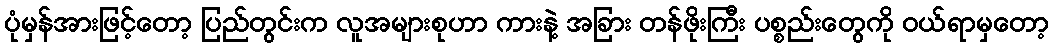
ပုံမှန်အားဖြင့်တော့ ပြည်တွင်းက လူအများစုဟာ ကားနဲ့ အခြား တန်ဖိုးကြီး ပစ္စည်းတွေကို ဝယ်ရာမှတော့